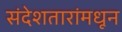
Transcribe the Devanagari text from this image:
संदेशतारांमधून